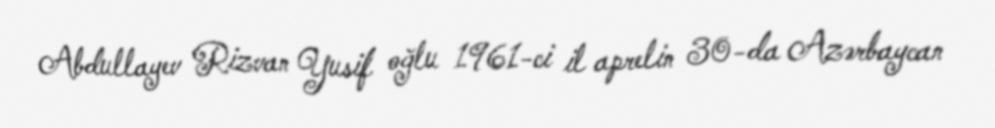
Abdullayev Rizvan Yusif oğlu 1961-ci il aprelin 30-da Azərbaycan